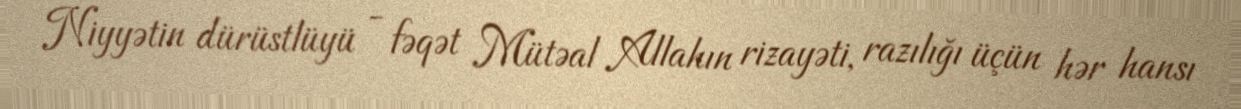
Niyyətin dürüstlüyü - fəqət Mütəal Allahın rizayəti, razılığı üçün hər hansı